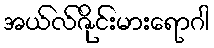
အယ်လ်ဇိုင်းမားရောဂါ